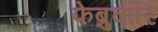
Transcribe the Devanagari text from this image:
फेब्रुवारि